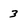
Character: 3